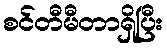
စင်တီမီတာရှိပြီး